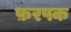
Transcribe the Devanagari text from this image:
फ़रपक